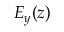
E _ { y } ( z )